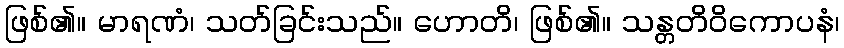
ဖြစ်၏။ မာရဏံ၊ သတ်ခြင်းသည်။ ဟောတိ၊ ဖြစ်၏။ သန္တတိဝိကောပနံ၊